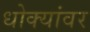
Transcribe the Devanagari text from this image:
धोक्यांवर